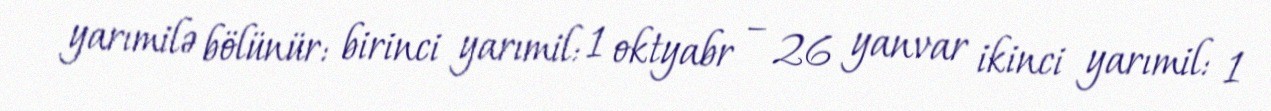
yarımilə bölünür: birinci yarımil: 1 oktyabr – 26 yanvar ikinci yarımil: 1